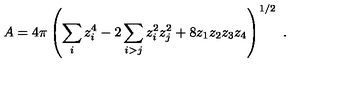
A = 4 \pi \left( { \sum _ { i } z _ { i } ^ { 4 } - 2 \sum _ { i > j } z _ { i } ^ { 2 } z _ { j } ^ { 2 } + 8 z _ { 1 } z _ { 2 } z _ { 3 } z _ { 4 } } \right) ^ { 1 / 2 } \ .